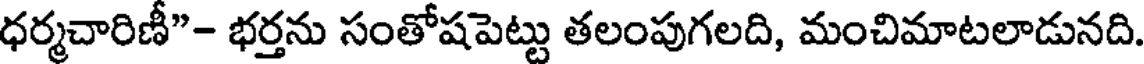
ధర్మచారిణీ"- భర్తను సంతోషపెట్టు తలంపుగలది, మంచిమాటలాడునది